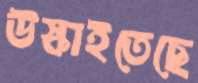
উস্‌কাইতেছে